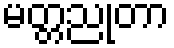
မတ္တညုတာ